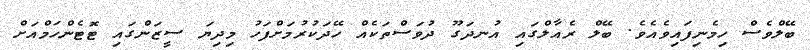
ބޭލްވެސް ހިމެނިފައިވެއެވެ. ބޭލް ރެއާލްގައި އުނދަގޫ ދުވަސްތަކެއް ހޭދަކުރުމަށްފަހު މިދިޔަ ސީޒަންގައި ޓޮޓެންހަމްއަށް